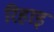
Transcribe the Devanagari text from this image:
रिहाइ